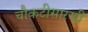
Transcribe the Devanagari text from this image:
चौकटीसारखी